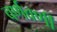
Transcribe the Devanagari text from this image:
वर्णवर्णी